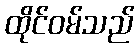
ထိုင်ဝမ်သည်